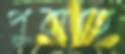
পুরাতে